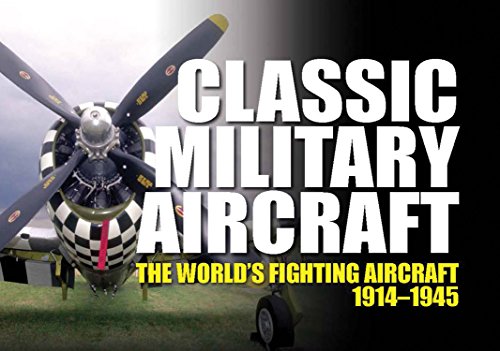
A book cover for Classic Military Aircraft: The World's Fighting Aircraft 1914-1945; Arts & Photography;